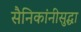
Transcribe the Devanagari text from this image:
सैनिकांनीसुद्धा